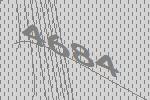
4684